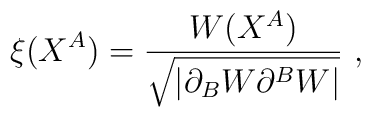
\xi(X^A) = \frac{W(X^A)}{\sqrt{|\partial_BW\partial^BW|}} ~,